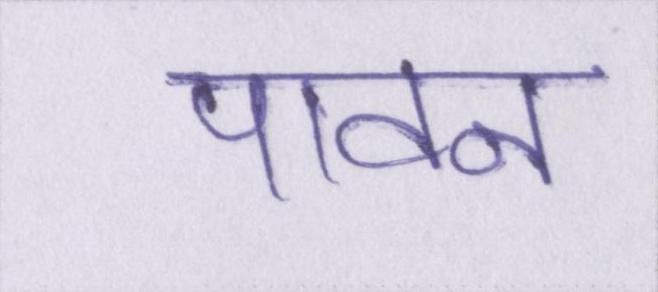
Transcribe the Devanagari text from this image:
पावन